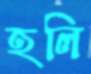
হলি